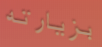
بزيارته